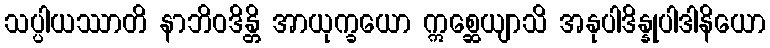
သပ္ပါယဿာတိ နာဘိဝဒိန္တိ အာယုက္ခယော ဣစ္ဆေယျာသိ အနုပါဒိန္နုပါဒါနိယော